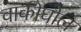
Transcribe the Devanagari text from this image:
वाकीघोल